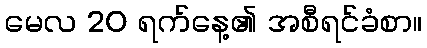
မေလ 20 ရက်နေ့၏ အစီရင်ခံစာ။